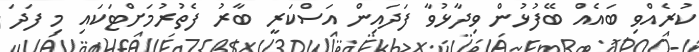
ކުރެއްވި ބައެއް ބޭފުޅުން ވިދާޅުވާ ފަދައިން އަސްކަރީ ބާރު ފެތުރުމަށްޓަކައި މި ފަދަ